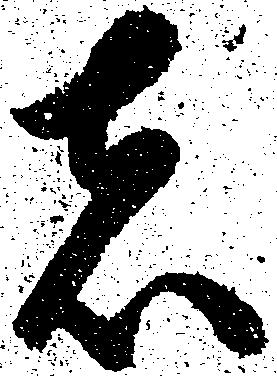
者